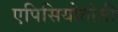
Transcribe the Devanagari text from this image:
एपिसियोतोमी